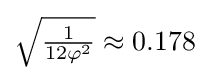
{\sqrt {\tfrac {1}{12\varphi ^{2}}}}\approx 0.178